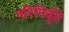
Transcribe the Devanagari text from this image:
परिनिर्वृते